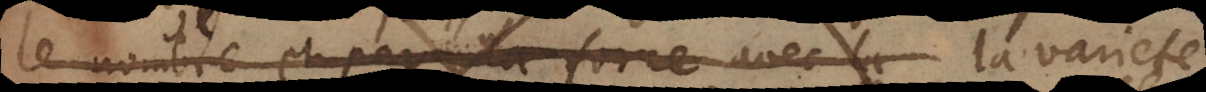
le nombre et par la force avec la varieté